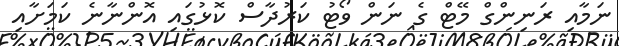
ނަމާއި ރަނިންގް މޭޓް ގެ ނަން ވޯޓު ކަރުދާސް ކޮޅުގައި އޮންނާނެ ކަމަށާއި